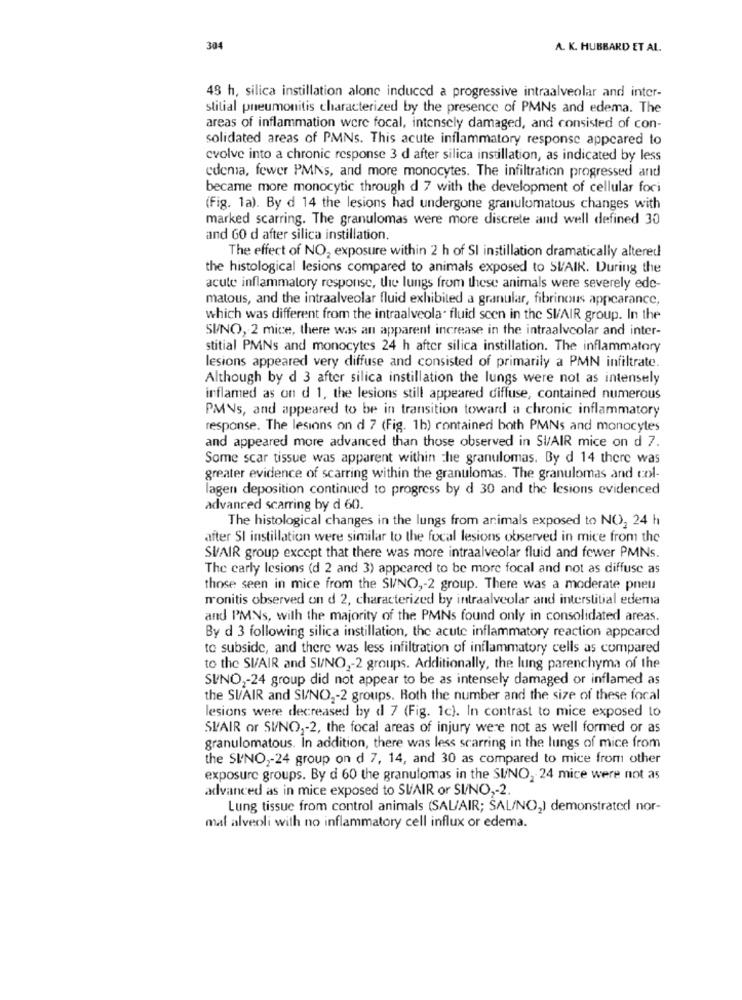
304
A. K. HUBBARD ET AL.
48 h, silica instillation alone induced a progressive intraalveolar and inter-
stilial pneumonitis characterized by the presence of PMNs and edema. The
areas of inflammation were focal, intensely damaged, and consisted of con-
solidated areas of PMNs. This acute inflammatory response appeared to
evolve into a chronic response 3 d after silica instillation, as indicated by less
edema, fewer PMNs, and more monocytes. The infiltration progressed and
became more monocytic through d 7 with the development of cellular foci
(Fig. 1a). By d 14 the lesions had undergone granulomatous changes with
marked scarring. The granulomas were more discrete and well defined 30
and GO d after silica instillation.
The effect of NO, exposure within 2 h of SI instillation dramatically altered
the histological lesions compared to animals exposed to SUAIR. During the
acute inflammatory response, the lungs from these animals were severely ede-
matous, and the intraalveolar fluid exhibited a granular, fibrinous appearance,
which was different from the intraalveola. fluid scen in the SVAIR group. In the
SUNO, 2 mice, there was an apparent increase in the intraalveolar and inter-
stitial PMNs and monocytes 24 h after silica instillation. The inflammatory
lesions appeared very diffuse and consisted of primarily a PMN infiltrate.
Although by d 3 after silica instillation the lungs were not as intensely
inflamed as on d 1, the lesions still appeared diffuse, contained numerous
PMNs, and appeared to be in transition toward a chronic inflammatory
response. The lesions on d 7 (Fig. 1b) contained both PMNs and monocytes
and appeared more advanced than those observed in SI/AIR mice on d 7.
Some scar tissue was apparent within the granulomas. By d 14 there was
greater evidence of scarring within the granulomas. The granulomas and col-
lagen deposition continued to progress by d 30 and the lesions evidenced
advanced scarring by d 60.
The histological changes in the lungs from animals exposed to NO, 24 h
after SI instillation were similar to the focal lesions observed in mice from the
SV/AIR group except that there was more intraalveolar fluid and fewer PMNs.
The carly lesions (d 2 and 3) appeared to be more focal and not as diffuse as
those seen in mice from the SI/NO ,- 2 group. There was a moderate pneu
monitis observed on d 2, characterized by intraalveolar and interstitial edema
and PMNs, with the majority of the PMNs found only in consolidated areas.
By d 3 following silica instillation, the acute inflammatory reaction appeared
to subside, and there was less infiltration of inflammatory cells as compared
to the SI/AIR and SI/NO ,- 2 groups. Additionally, the lung parenchyma of the
SUNO2-24 group did not appear to be as intensely damaged or inflamed as
the SI/AIR and SI/NO ,- 2 groups. Roth the number and the size of these focal
lesions were decreased by d 7 (Fig. 1c). In contrast to mice exposed to
SIAIR or SI/NO ,- 2, the focal areas of injury were not as well formed or as
granulomatous. In addition, there was less scarring in the lungs of mice from
the SI/NO ,- 24 group on d 7, 14, and 30 as compared to mice from other
exposure groups. By d 60 the granulomas in the SI/NO, 24 mice were not as
advanced as in mice exposed to SUAIR or SI/NO ,- 2.
Lung tissue from control animals (SAL/AIR; SAL/NO,) demonstrated nor-
mal alveoli with no inflammatory cell influx or edema.